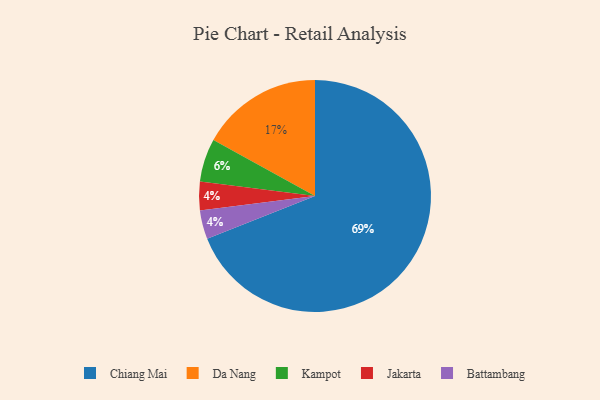
{"axis": {"x": "Category", "y": "Percentage"}, "legend": ["Battambang", "Chiang Mai", "Da Nang", "Jakarta", "Kampot"], "data": [{"x": "Kampot", "y": 6, "type": "Kampot"}, {"x": "Chiang Mai", "y": 69, "type": "Chiang Mai"}, {"x": "Jakarta", "y": 4, "type": "Jakarta"}, {"x": "Da Nang", "y": 17, "type": "Da Nang"}, {"x": "Battambang", "y": 4, "type": "Battambang"}]}